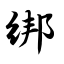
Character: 绑